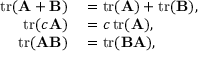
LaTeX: \begin{array} { r l } { \operatorname { t r } ( \mathbf { A } + \mathbf { B } ) } & { { } = \operatorname { t r } ( \mathbf { A } ) + \operatorname { t r } ( \mathbf { B } ) , } \\ { \operatorname { t r } ( c \mathbf { A } ) } & { { } = c \operatorname { t r } ( \mathbf { A } ) , } \\ { \operatorname { t r } ( \mathbf { A } \mathbf { B } ) } & { { } = \operatorname { t r } ( \mathbf { B } \mathbf { A } ) , } \end{array}